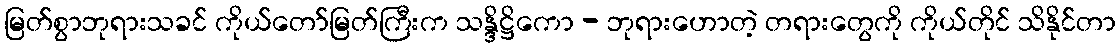
မြတ်စွာဘုရားသခင် ကိုယ်တော်မြတ်ကြီးက သန္ဒိဋ္ဌိကော - ဘုရားဟောတဲ့ တရားတွေကို ကိုယ်တိုင် သိနိုင်တာ